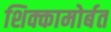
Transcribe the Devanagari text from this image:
शिक्कामोर्बत